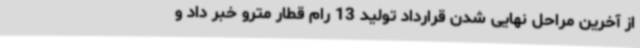
از آخرین مراحل نهایی شدن قرارداد تولید 13 رام قطار مترو خبر داد و